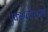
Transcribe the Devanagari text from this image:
एक्सप्लोररमुळे